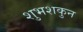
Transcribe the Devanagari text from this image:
शुभशकुन